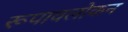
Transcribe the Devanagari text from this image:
रूपावलोकन